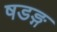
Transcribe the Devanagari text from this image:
षडङ्ग